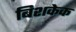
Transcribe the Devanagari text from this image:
बिशकेक